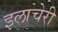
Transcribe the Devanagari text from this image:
इलाचेरी